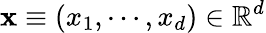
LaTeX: \mathbf{x}\equiv(x_{1},\cdots,x_{d})\in\mathbb{R}^{d}